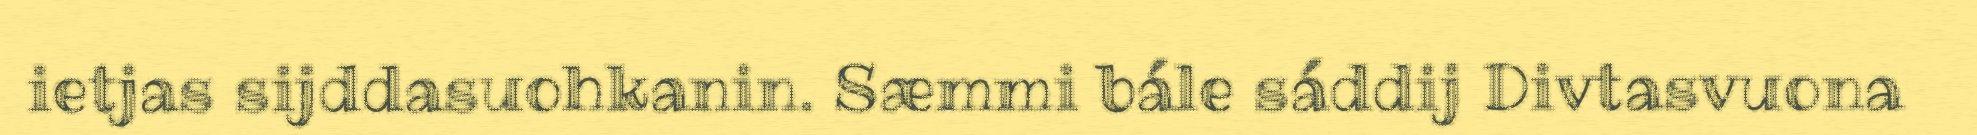
ietjas sijddasuohkanin. Sæmmi bále sáddij Divtasvuona